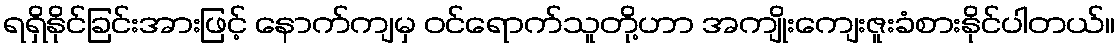
ရရှိနိုင်ခြင်းအားဖြင့် နောက်ကျမှ ဝင်ရောက်သူတို့ဟာ အကျိုးကျေးဇူးခံစားနိုင်ပါတယ်။